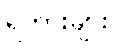
ရဲကားများ